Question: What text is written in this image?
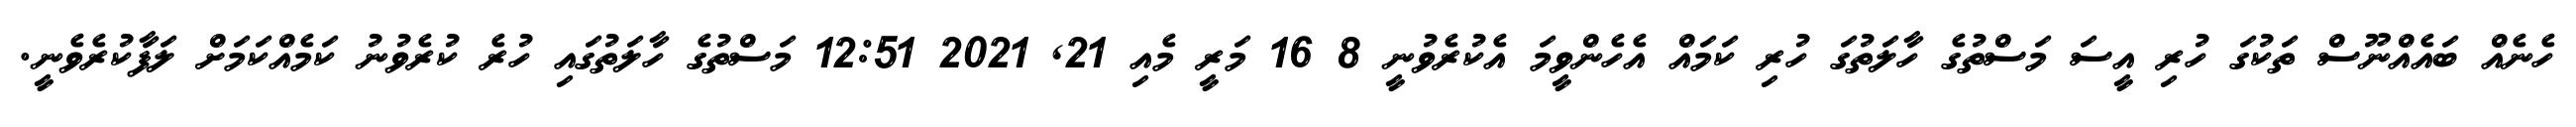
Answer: ހެނެއް ބައެއްނޫސް ތަކުގަ ހުރި އީސަ މަސްތުގެ ހާލަތުގަ ހުރި ކަމައް އެހެންވީމަ އެކުރެވުނީ 8 16 މަރީ މެއި 21, 2021 12:51 މަސްތުގެ ހާލަތުގައި ހުރެ ކުރެވުނު ކަމެއްކަމަށް ލަފާކުރެވެނީ.